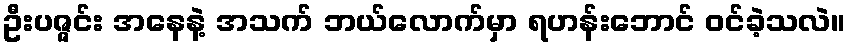
ဦးပဇ္ဇင်း အနေနဲ့ အသက် ဘယ်လောက်မှာ ရဟန်းဘောင် ဝင်ခဲ့သလဲ။